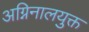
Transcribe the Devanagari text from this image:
अग्निनालयुक्त